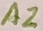
Text: A2